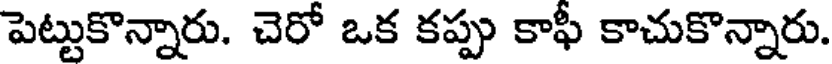
పెట్టుకొన్నారు. చెరో ఒక కప్పు కాఫీ కాచుకొన్నారు.